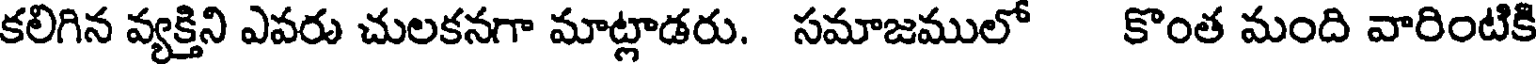
కలిగిన వ్యక్తిని ఎవరు చులకనగా మాట్లాడరు. సమాజములో కొంత మంది వారింటికి